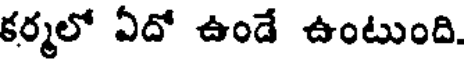
కర్మలో ఏదో ఉండే ఉంటుంది.